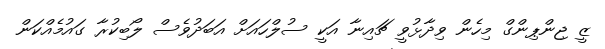
ޒީ ޖިންޕިންގް މިހެން ވިދާޅުވީ ޗައިނާ އަކީ ސުލްހައަށް އަބަދުވެސް ލޯބިކުރާ ގައުމެއްކަން